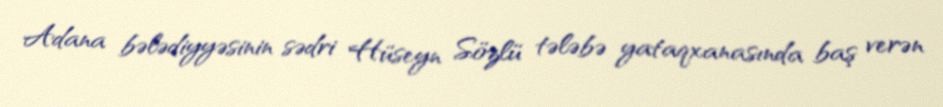
Adana bələdiyyəsinin sədri Hüseyn Sözlü tələbə yataqxanasında baş verən